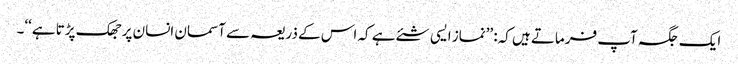
ایک جگہ آپ فرماتے ہیں کہ: ’’نماز ایسی شئے ہے کہ اس کے ذریعہ سے آسمان انسان پر جھک پڑتا ہے‘‘۔